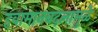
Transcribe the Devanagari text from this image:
हवामानबदलामुळे